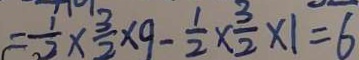
= \frac { 1 } { 2 } \times \frac { 3 } { 2 } \times 9 - \frac { 1 } { 2 } \times \frac { 3 } { 2 } \times 1 = 6